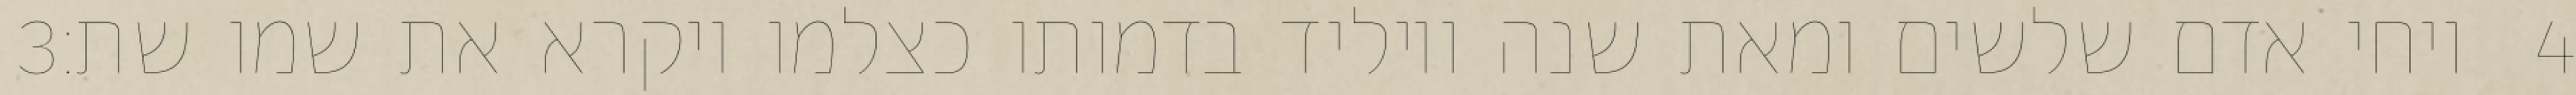
‎3‏ ויחי אדם שלשים ומאת שנה ויוליד בדמותו כצלמו ויקרא את שמו שת׃ ‎4‏